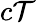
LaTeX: c\mathcal{T}